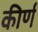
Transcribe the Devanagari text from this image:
कीर्ण